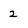
Character: 2